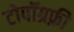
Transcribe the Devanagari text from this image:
टोपॉग्रफ़ी